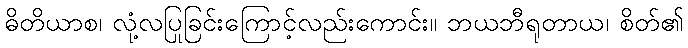
ဓိတိယာစ၊ လုံ့လပြုခြင်းကြောင့်လည်းကောင်း။ ဘယဘီရုတာယ၊ စိတ်၏